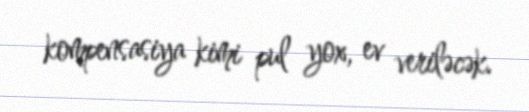
kompensasiya kimi pul yox, ev veriləcək.